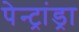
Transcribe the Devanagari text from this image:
पेन्ट्रांड्रा